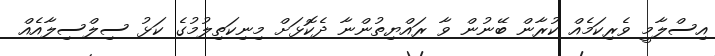
އިސްލާމީ ވެރިކަމެއް ކުރާން ބޭނުން ވާ ރައްޔިތުންނާ ދެކޮޅަށް މިނިކަތިލުމުގެ ކަޅު ސިލްސިލާއެއް